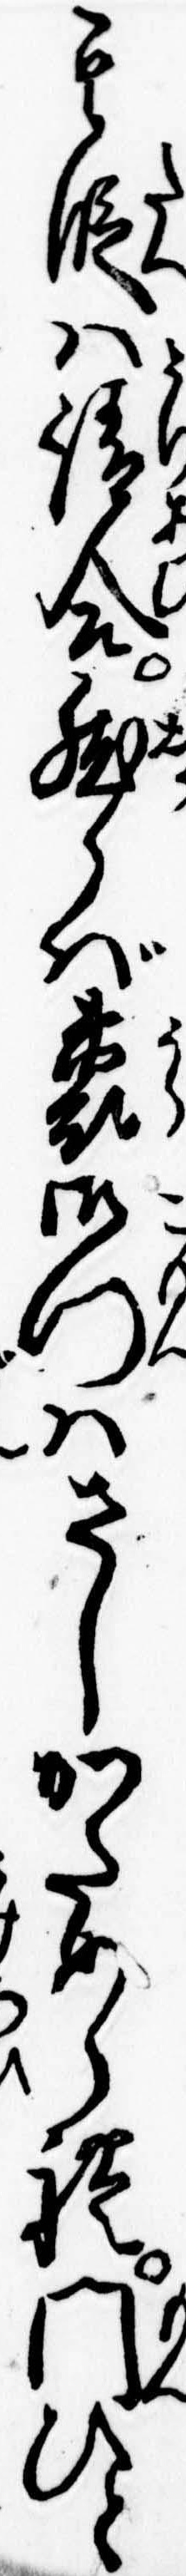
其段は請合然らば裏御門はさしかためられ門ひと